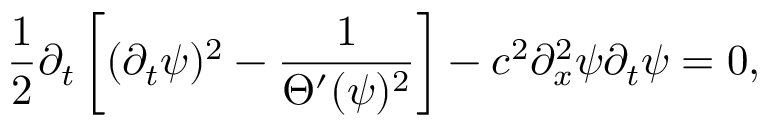
\frac { 1 } { 2 } \partial _ { t } \left[ ( \partial _ { t } \psi ) ^ { 2 } - \frac { 1 } { \Theta ^ { \prime } ( \psi ) ^ { 2 } } \right] - c ^ { 2 } \partial _ { x } ^ { 2 } \psi \partial _ { t } \psi = 0 ,